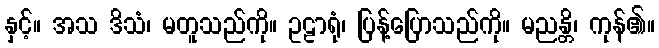
နှင့်။ အသ ဒိသံ၊ မတူသည်ကို။ ဥဠာရုံ၊ ပြန့်ပြောသည်ကို။ မညန္တိ၊ ကုန်၏။